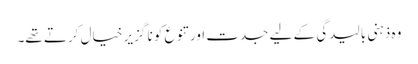
وہ ذہنی بالیدگی کے لیے جدت اور تنوع کو نا گزیر خیال کرتے تھے۔